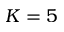
K = 5